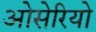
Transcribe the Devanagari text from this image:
ओसेरियो